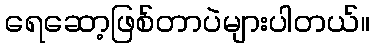
ရေဆော့ဖြစ်တာပဲများပါတယ်။